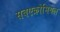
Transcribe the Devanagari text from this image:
सबएक्रोमियल